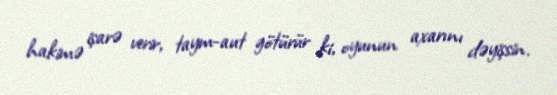
hakimə işarə verir, taym-aut götürür ki, oyunun axarını dəyişsin.